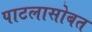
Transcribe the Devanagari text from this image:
पाटलासोबत